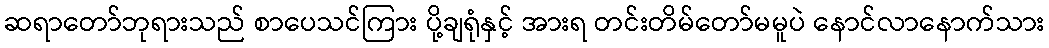
ဆရာတော်ဘုရားသည် စာပေသင်ကြား ပို့ချရုံနှင့် အားရ တင်းတိမ်တော်မမူပဲ နောင်လာနောက်သား